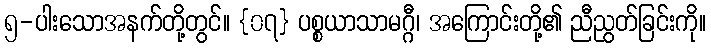
၅-ပါးသောအနက်တို့တွင်။ {၀၇} ပစ္စယာသာမဂ္ဂီ၊ အကြောင်းတို့၏ ညီညွတ်ခြင်းကို။